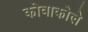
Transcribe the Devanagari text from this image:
कोवाकोले